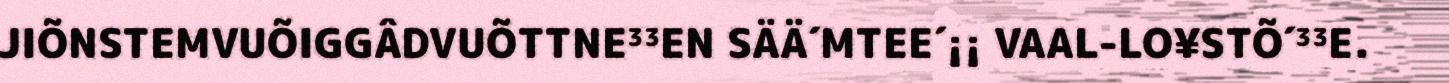
JIÕNSTEMVUÕIGGÂDVUÕTTNE³³EN SÄÄ´MTEE´¡¡ VAAL-LO¥STÕ´³³E.